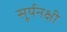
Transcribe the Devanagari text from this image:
सूर्यनक्षी